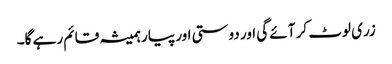
زری لوٹ کر آئے گی اور دوستی اور پیار ہمیشہ قائم رہے گا۔